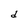
Character: d